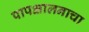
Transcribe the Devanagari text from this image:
पापक्षालनाचा